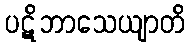
ပဋိဘာသေယျာတိ